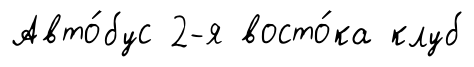
Авто́бус 2-я восто́ка клуб